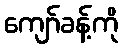
ကျော်ခန့်ကို